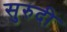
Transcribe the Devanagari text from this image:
सुरुदी